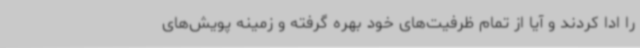
را ادا کردند و آیا از تمام ظرفیت‌های خود بهره گرفته و زمینه پویش‌های